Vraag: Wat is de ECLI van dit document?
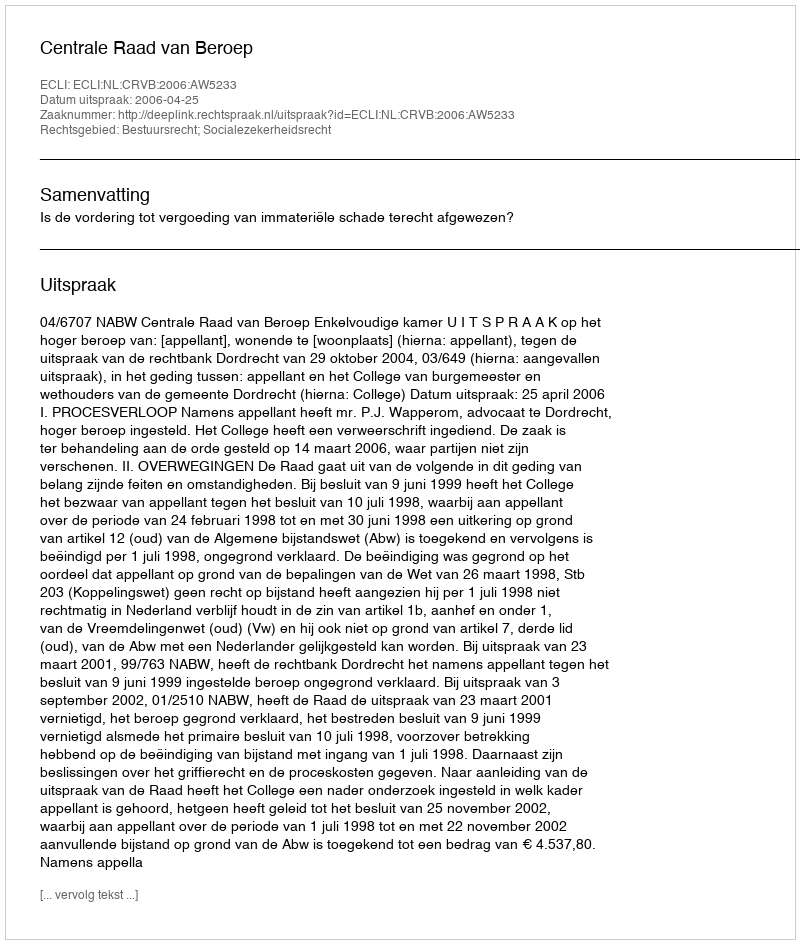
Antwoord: ECLI:NL:CRVB:2006:AW5233